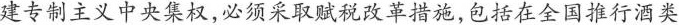
建专制主义中央集权,必须采取赋税改革措施,包括在全国推行酒类